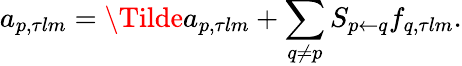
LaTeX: a_{p,\tau lm}=\Tilde{a}_{p,\tau lm}+\sum_{q\neq p}S_{p\leftarrow q}f_{q,\tau lm}.